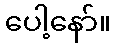
ပေါ့နော်။